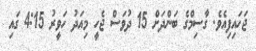
ޖަހައިފިއެވެ. ގާސިމްގެ ބަންދަށް 15 ދުވަސް ޖެހީ މިއަދު ހަވީރު 4:15 ގައި